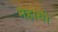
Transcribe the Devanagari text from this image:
महाथी